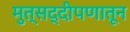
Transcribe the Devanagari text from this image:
मुत्सद्दीपणातून